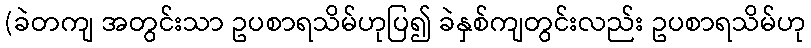
(ခဲတကျ အတွင်းသာ ဥပစာရသိမ်ဟုပြ၍ ခဲနှစ်ကျတွင်းလည်း ဥပစာရသိမ်ဟု